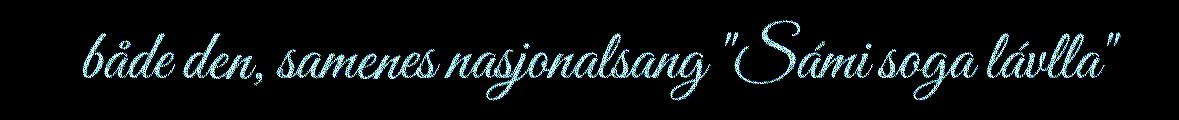
både den, samenes nasjonalsang "Sámi soga lávlla"